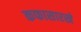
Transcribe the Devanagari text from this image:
कफासारखे